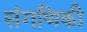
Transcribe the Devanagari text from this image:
संगणिकी